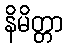
နိမိတ္တာ